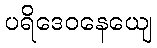
ပရိဒေဝနေယျေ